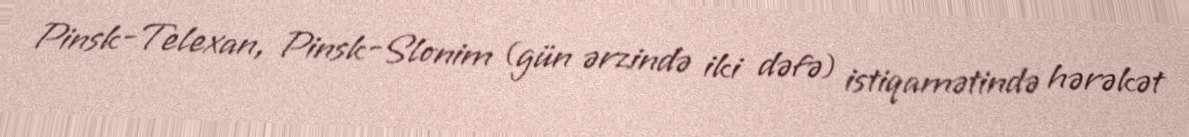
Pinsk-Telexan, Pinsk-Slonim (gün ərzində iki dəfə) istiqamətində hərəkət